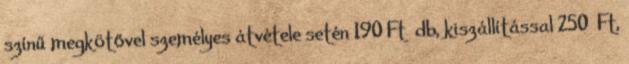
színű megkötővel személyes átvétele setén 190 Ft db, kiszállítással 250 Ft,